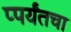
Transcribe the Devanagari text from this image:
प्पर्यंतचा